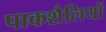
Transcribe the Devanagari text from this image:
पाकशैलियों